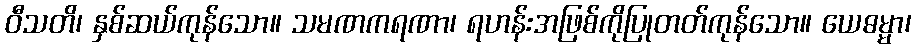
ဝီသတိ၊ နှစ်ဆယ်ကုန်သော။ သမဏကရဏာ၊ ရဟန်းအဖြစ်ကိုပြုတတ်ကုန်သော။ ယေဓမ္မာ၊